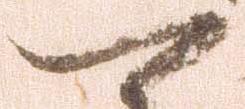
可